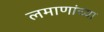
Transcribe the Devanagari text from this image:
लमाणांच्या